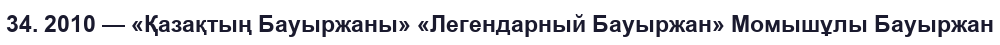
34. 2010 — «Қазақтың Бауыржаны» «Легендарный Бауыржан» Момышұлы Бауыржан